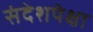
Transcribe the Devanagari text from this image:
संदेशपेक्षा